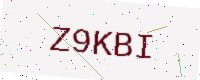
Text: Z9KBI